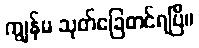
ကျွန်မ သုတ်ခြေတင်ရပြီ။